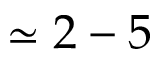
\simeq 2 - 5